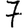
Digit: 7